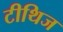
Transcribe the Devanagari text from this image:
टीथिज